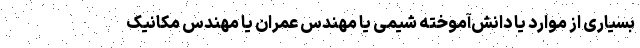
بسیاری از موارد یا دانش‌آموخته شیمی یا مهندس عمران یا مهندس مکانیک